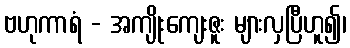
ဗဟုကာရံ - အကျိုးကျေးဇူး များလှပြီဟူ၍၊